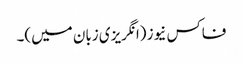
فاکس نیوز (انگریزی زبان میں)۔